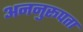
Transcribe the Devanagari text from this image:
अननुरूपता